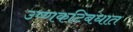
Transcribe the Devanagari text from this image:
उष्णकटिबंधात